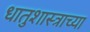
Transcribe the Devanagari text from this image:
धातुशास्त्राच्या